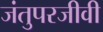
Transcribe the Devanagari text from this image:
जंतुपरजीवी